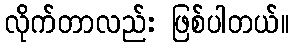
လိုက်တာလည်း ဖြစ်ပါတယ်။